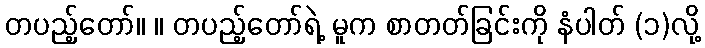
တပည့်တော်။ ။ တပည့်တော်ရဲ့ မူက စာတတ်ခြင်းကို နံပါတ် (၁)လို့